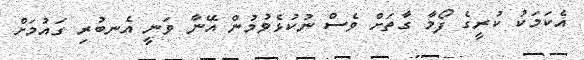
އެކަމަކު ކުރީގެ ފޯމާ ގާތަށް ވެސް ނުކުޅެވުމުން އޭނާ ވަނީ އެނބުރި ގައުމަށް